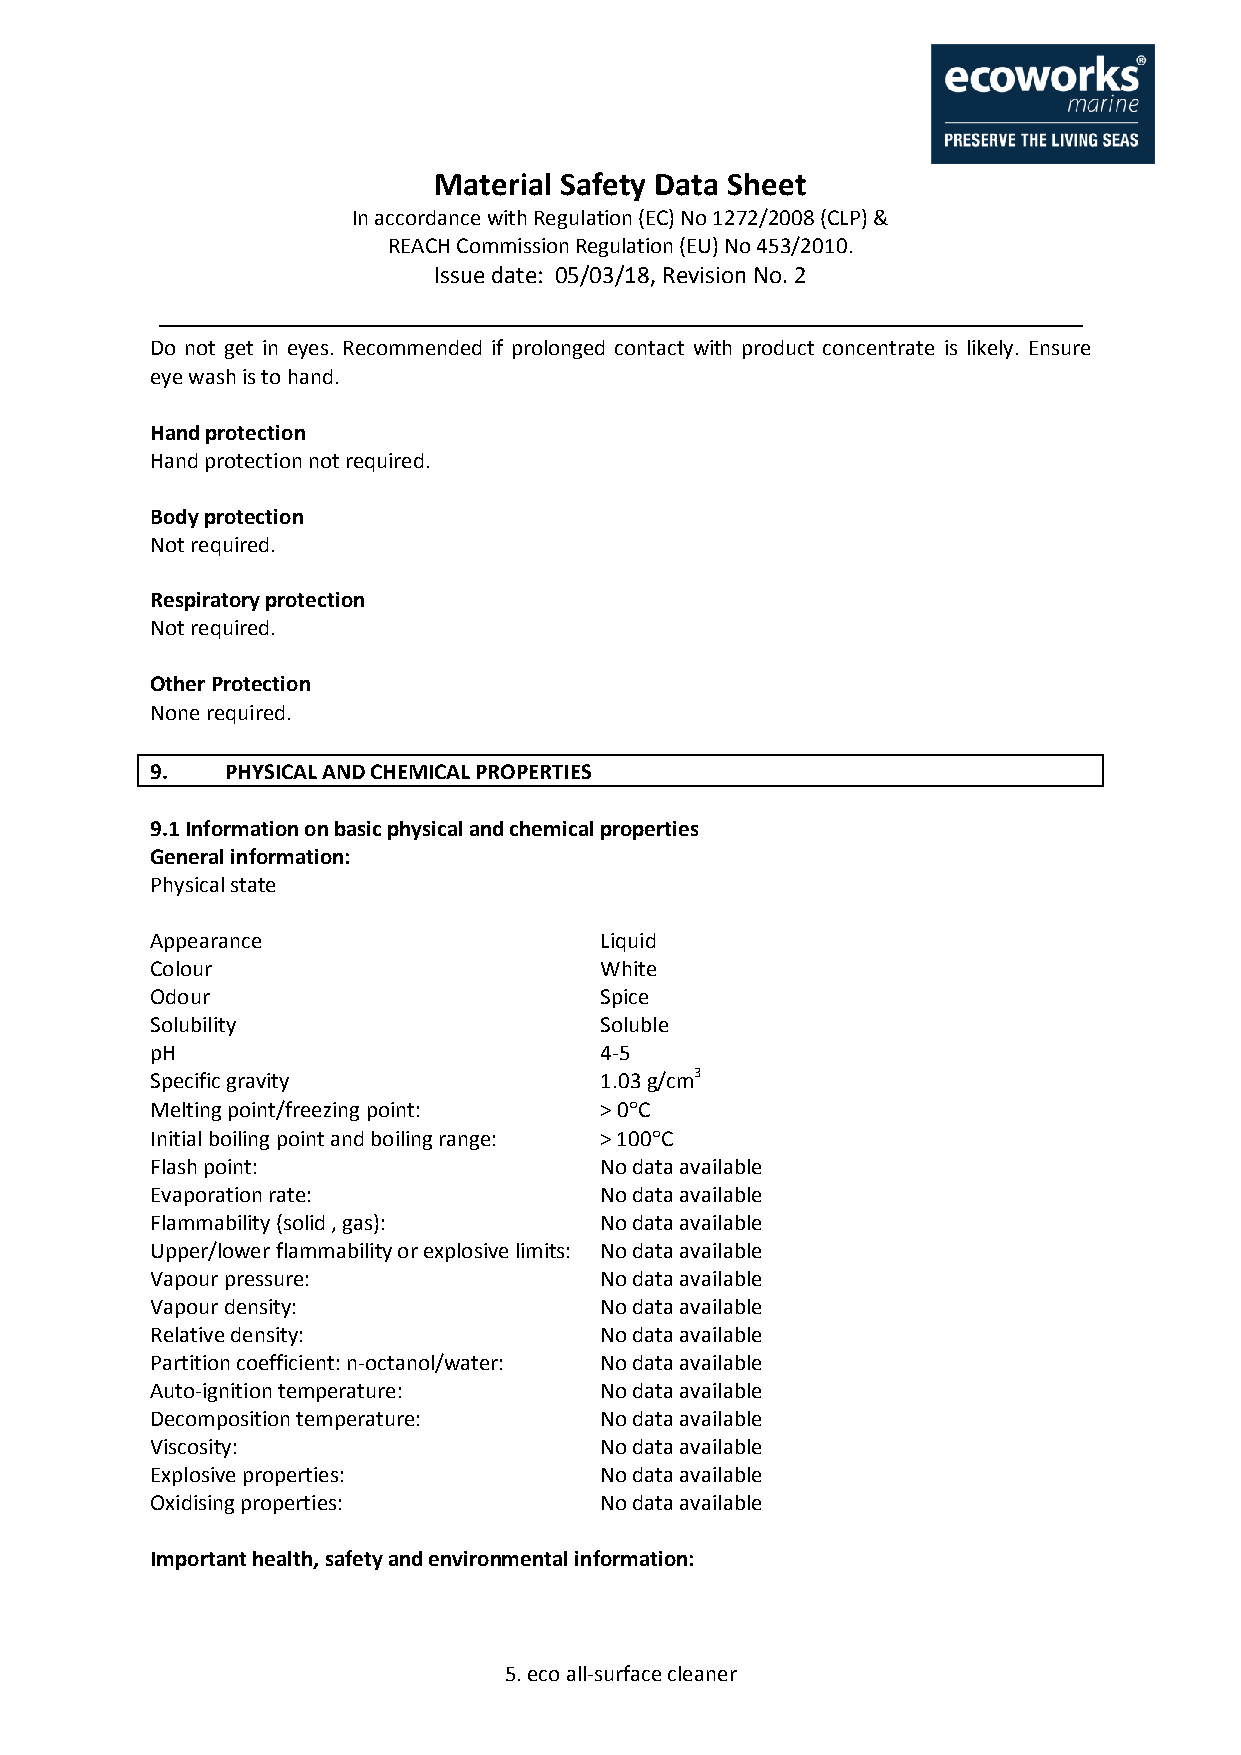
Material Safety Data Sheet
 In accordance with Regulation (EC) No 1272/2008 (CLP) &
 REACH Commission Regulation (EU) No 453/2010.
 Issue date: 05/03/18, Revision No. 2
 Do not get in eyes. Recommended if prolonged contact with product concentrate is likely. Ensure
 eye wash is to hand.
 Hand protection
 Hand protection not required.
 Body protection
 Not required.
 Respiratory protection
 Not required.
 Other Protection
 None required.
 9.   PHYSICAL AND CHEMICAL PROPERTIES
 9.1 Information on basic physical and chemical properties
 General information:
 Physical state
 Appearance                    Liquid
 Colour                        White
 Odour                         Spice
 Solubility                    Soluble
 pH                            4-5
 Specific gravity              1.03 g/cm3
 Melting point/freezing point: > 0C
 Initial boiling point and boiling range: > 100C
 Flash point:                  No data available
 Evaporation rate:             No data available
 Flammability (solid , gas):   No data available
 Upper/lower flammability or explosive limits: No data available
 Vapour pressure:              No data available
 Vapour density:               No data available
 Relative density:             No data available
 Partition coefficient: n-octanol/water: No data available
 Auto-ignition temperature:    No data available
 Decomposition temperature:    No data available
 Viscosity:                    No data available
 Explosive properties:         No data available
 Oxidising properties:         No data available
 Important health, safety and environmental information:
 5. eco all-surface cleaner